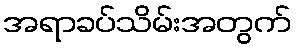
အရာခပ်သိမ်းအတွက်